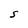
Character: S